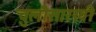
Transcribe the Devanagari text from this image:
चुलीसारखी